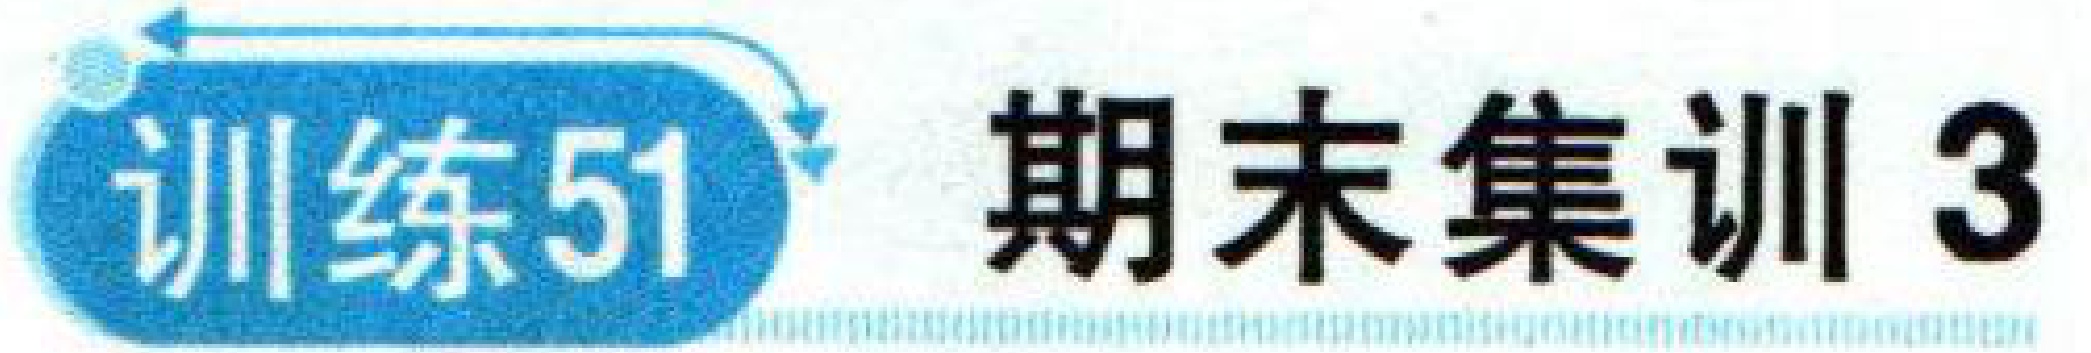
训练51 期末集训 3